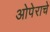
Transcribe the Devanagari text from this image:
ओपेराचे